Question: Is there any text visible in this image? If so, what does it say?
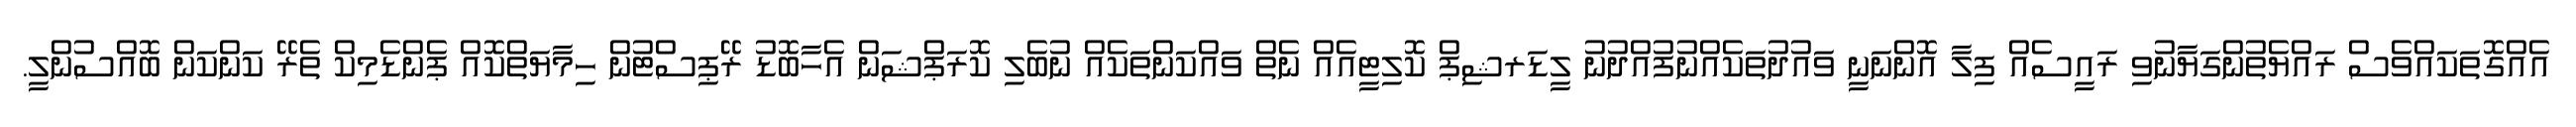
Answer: އެއްގޮތަކައްވެސް ރައްޔެތުންގަޔާނުވި ރައީސެއް ފިލާ އޮންނަނީ ވައުދުތަކެއްނުފުއްދުނު ލީޑަރޝިޕް ކޮލިޓީއެއް ނެތް ވައްކަންތަކެއް ނުބެލި ކޮރަޕްޝަން އެހާބޮޑު ރޭޕިސްޓުން ހިމާޔަތްކޮއް ޕެންޑެމިކް ތެރޭ ކަންކަން ބޮއްސުންލީ.